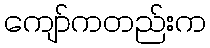
ကျော်ကတည်းက